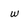
Character: w